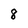
Character: 8